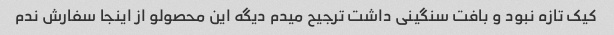
کیک تازه نبود و بافت سنگینی داشت ترجیح میدم دیگه این محصولو از اینجا سفارش ندم